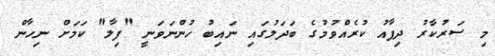
މި ސަރުކާރު ދިފާއު ކުރެއްވުމުގެ ބަދަލުގައި ނައިބު ހުންނަވަނީ "ފިލާ" ކަމަށް ނިހާން